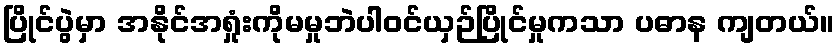
ပြိုင်ပွဲမှာ အနိုင်အရှုံးကိုမမှုဘဲပါဝင်ယှဉ်ပြိုင်မှုကသာ ပဓာန ကျတယ်။